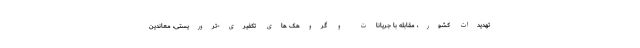
تهدیدات کشور، مقابله با جریانات و گروهک های تکفیری-تروریستی، معاندین